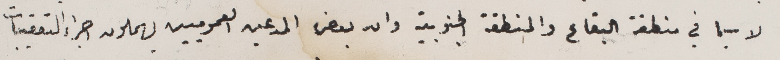
لا سيما في منطقة البقاع والمنطقة الجنوبية وان بعض المدعين العموميين يهملون جراء التعقيبات